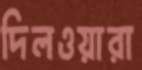
দিলওয়ারা